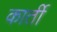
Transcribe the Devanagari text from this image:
कार्ती